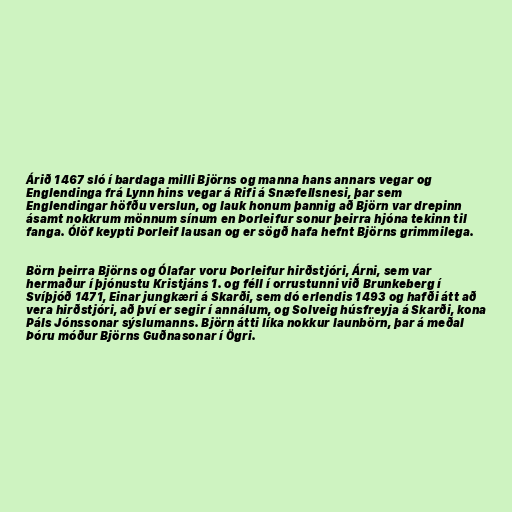
Árið 1467 sló í bardaga milli Björns og manna hans annars vegar og
Englendinga frá Lynn hins vegar á Rifi á Snæfellsnesi, þar sem
Englendingar höfðu verslun, og lauk honum þannig að Björn var drepinn
ásamt nokkrum mönnum sínum en Þorleifur sonur þeirra hjóna tekinn til
fanga. Ólöf keypti Þorleif lausan og er sögð hafa hefnt Björns grimmilega.

Börn þeirra Björns og Ólafar voru Þorleifur hirðstjóri, Árni, sem var
hermaður í þjónustu Kristjáns 1. og féll í orrustunni við Brunkeberg í
Svíþjóð 1471, Einar jungkæri á Skarði, sem dó erlendis 1493 og hafði átt að
vera hirðstjóri, að því er segir í annálum, og Solveig húsfreyja á Skarði, kona
Páls Jónssonar sýslumanns. Björn átti líka nokkur launbörn, þar á meðal
Þóru móður Björns Guðnasonar í Ögri.